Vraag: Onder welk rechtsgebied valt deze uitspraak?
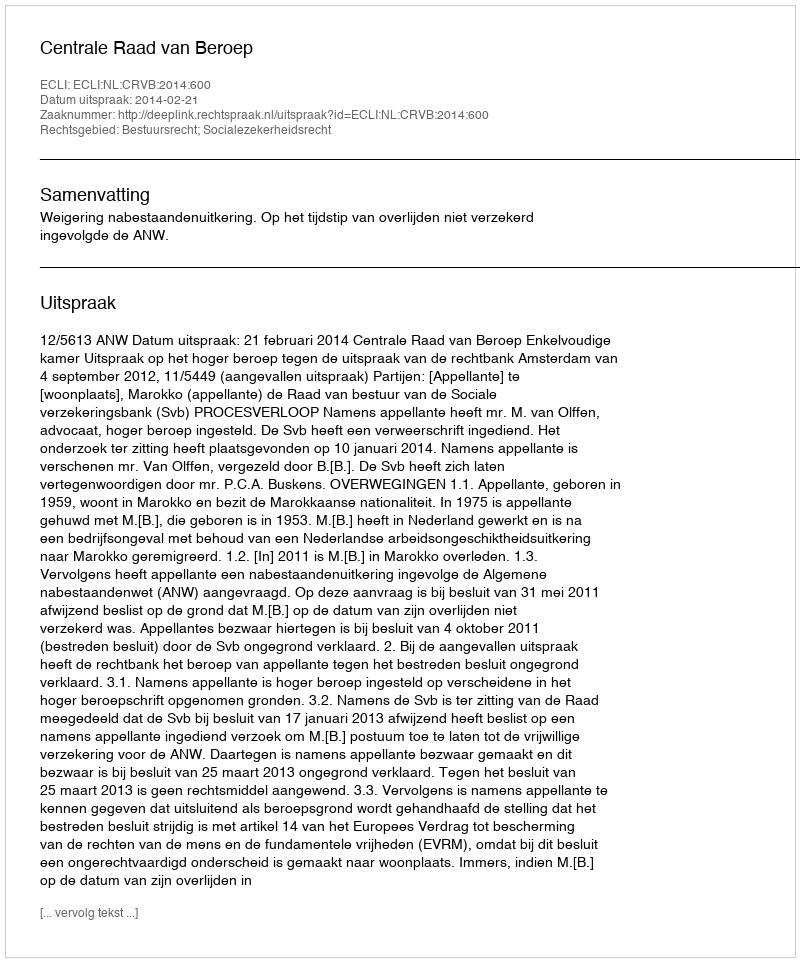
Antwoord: Bestuursrecht; Socialezekerheidsrecht